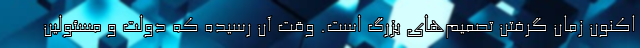
اکنون زمان گرفتن تصمیم‌های بزرگ است. وقت آن رسیده که دولت و مسئولین